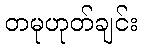
တမုဟုတ်ချင်း